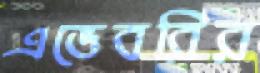
এভেবরির